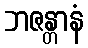
ဘဇန္တာနံ